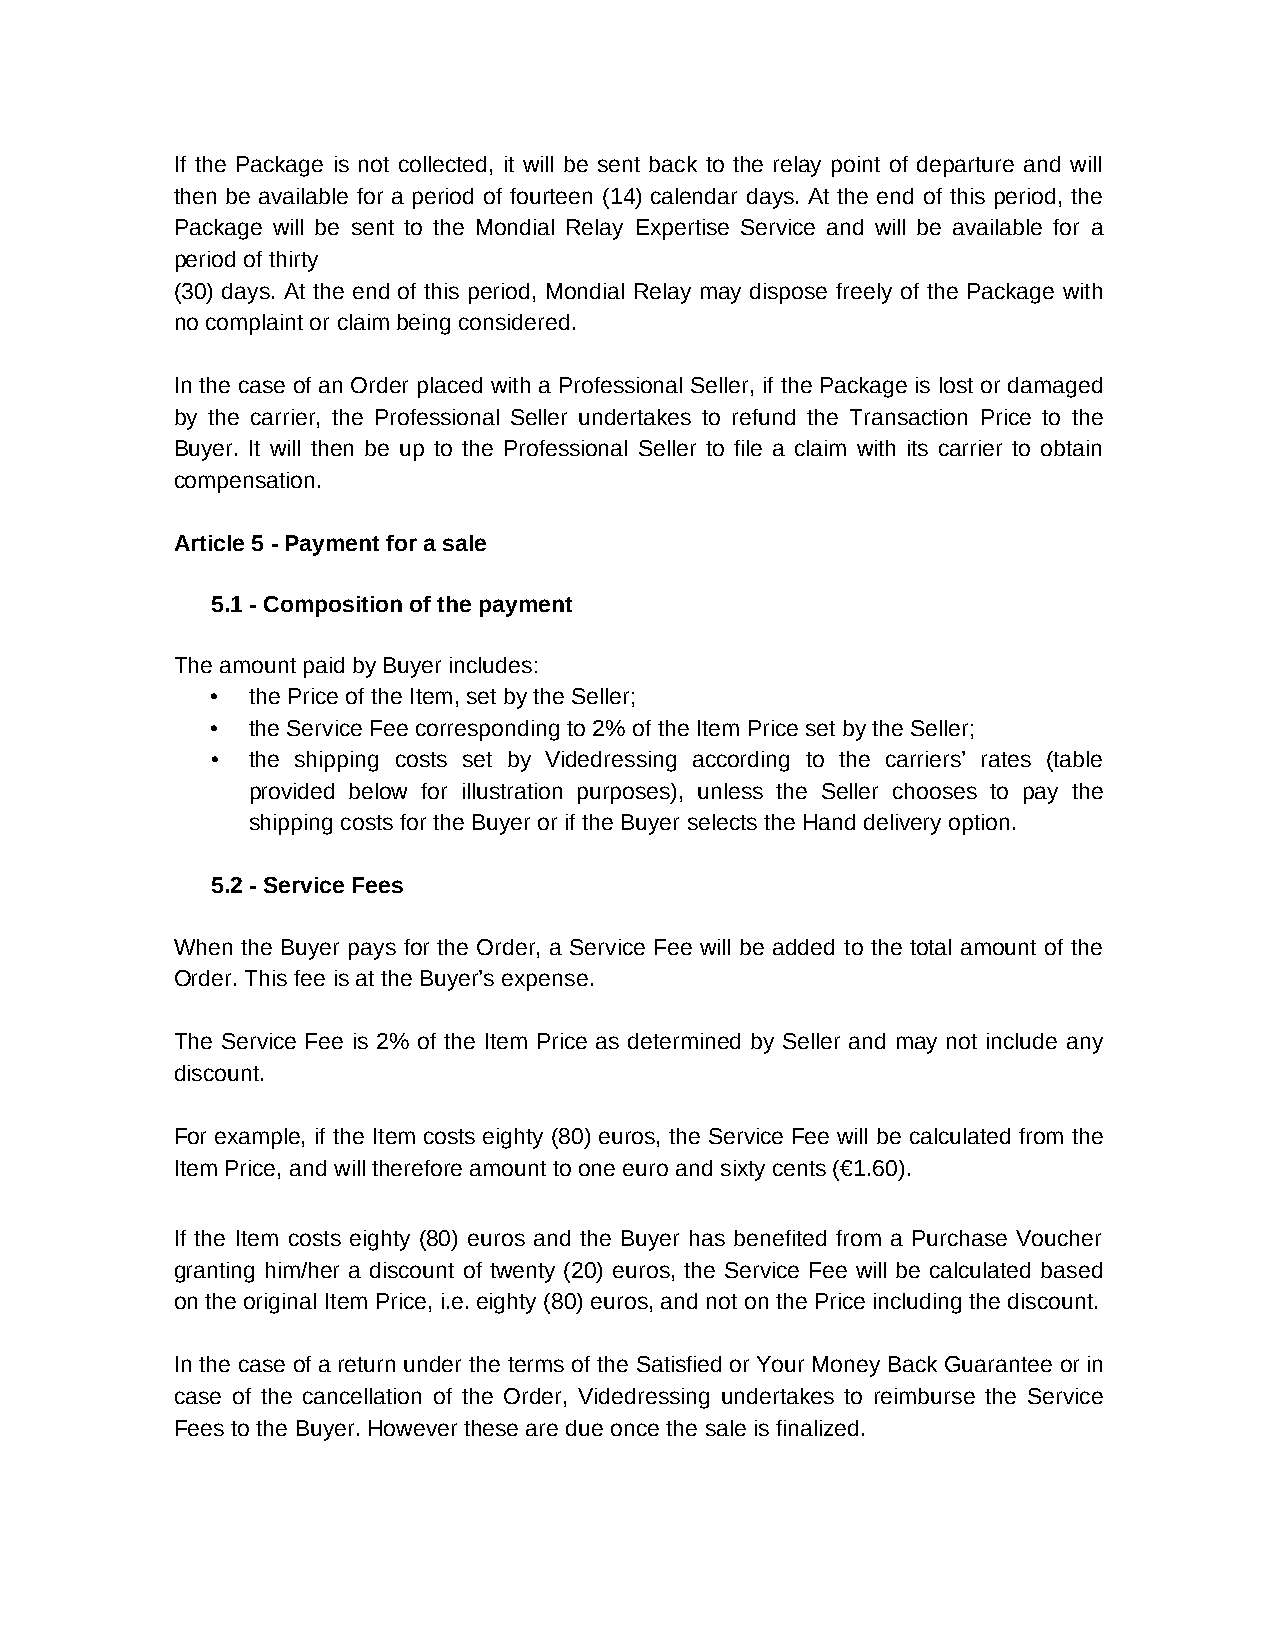
If the Package is not collected, it will be sent back to the relay point of departure and will
 then be available for a period of fourteen (14) calendar days. At the end of this period, the
 Package will be sent to the Mondial Relay Expertise Service and will be available for a
 period of thirty
 (30) days. At the end of this period, Mondial Relay may dispose freely of the Package with
 no complaint or claim being considered.
 In the case of an Order placed with a Professional Seller, if the Package is lost or damaged
 by the carrier, the Professional Seller undertakes to refund the Transaction Price to the
 Buyer. It will then be up to the Professional Seller to file a claim with its carrier to obtain
 compensation.
 Article 5 - Payment for a sale
 5.1 - Composition of the payment
 The amount paid by Buyer includes:
 • the Price of the Item, set by the Seller;
 • the Service Fee corresponding to 2% of the Item Price set by the Seller;
 • the shipping costs set by Videdressing according to the carriers’ rates (table
 provided below for illustration purposes), unless the Seller chooses to pay the
 shipping costs for the Buyer or if the Buyer selects the Hand delivery option.
 5.2 - Service Fees
 When the Buyer pays for the Order, a Service Fee will be added to the total amount of the
 Order. This fee is at the Buyer’s expense.
 The Service Fee is 2% of the Item Price as determined by Seller and may not include any
 discount.
 For example, if the Item costs eighty (80) euros, the Service Fee will be calculated from the
 Item Price, and will therefore amount to one euro and sixty cents (€1.60).
 If the Item costs eighty (80) euros and the Buyer has benefited from a Purchase Voucher
 granting him/her a discount of twenty (20) euros, the Service Fee will be calculated based
 on the original Item Price, i.e. eighty (80) euros, and not on the Price including the discount.
 In the case of a return under the terms of the Satisfied or Your Money Back Guarantee or in
 case of the cancellation of the Order, Videdressing undertakes to reimburse the Service
 Fees to the Buyer. However these are due once the sale is finalized.